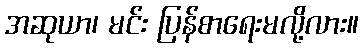
အဆုယာ၊ မင်း ပြန်စာရေးမလို့လား။